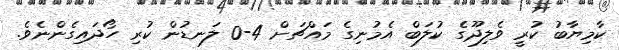
ކާމިޔާބު ކުރީ ވެލިދޫގެ ކުލަބް އެމުނިގެ މައްޗަށް 4-0 ލަނޑުން ކުރި ހޯދައިގެންނެވެ.